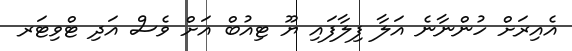
އެއިރަށް ހުންނާނެ އަލާ ފިލާފައި ޔޫ ޓިއުބް އަށް ވެސް އަދި ޓްވިޓަރ